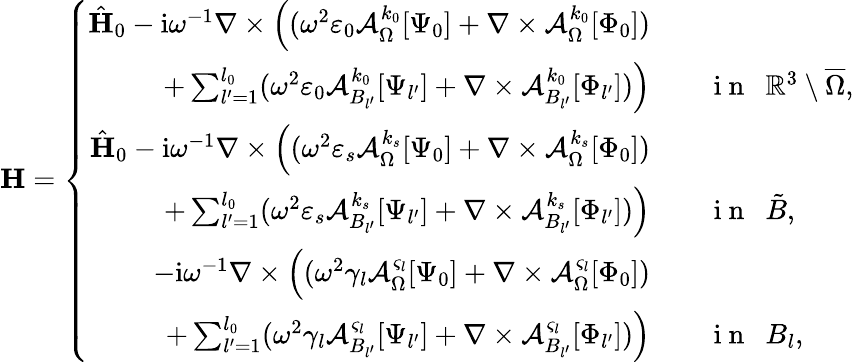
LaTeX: \mathbf{H}=\left\{ \begin{array}{rl}{\hat{\mathbf{H}}_{0}-\mathrm{i}\omega^{-1}\nabla\times\Big((\omega^{2}\varepsilon_{0}\mathcal{A}_{\Omega}^{k_{0}}[\Psi_{0}]+\nabla\times\mathcal{A}_{\Omega}^{k_{0}}[\Phi_{0}])}&{{}}\\ {+\sum_{l^{\prime}=1}^{l_{0}}(\omega^{2}\varepsilon_{0}\mathcal{A}_{B_{l^{\prime}}}^{k_{0}}[\Psi_{l^{\prime}}]+\nabla\times\mathcal{A}_{B_{l^{\prime}}}^{k_{0}}[\Phi_{l^{\prime}}])\Big)}&{{}\quad\mathrm{~i~n~}\ \ \mathbb{R}^{3}\setminus\overline{\Omega},}\\ {\hat{\mathbf{H}}_{0}-\mathrm{i}\omega^{-1}\nabla\times\Big((\omega^{2}\varepsilon_{s}\mathcal{A}_{\Omega}^{k_{s}}[\Psi_{0}]+\nabla\times\mathcal{A}_{\Omega}^{k_{s}}[\Phi_{0}])}&{{}}\\ {+\sum_{l^{\prime}=1}^{l_{0}}(\omega^{2}\varepsilon_{s}\mathcal{A}_{B_{l^{\prime}}}^{k_{s}}[\Psi_{l^{\prime}}]+\nabla\times\mathcal{A}_{B_{l^{\prime}}}^{k_{s}}[\Phi_{l^{\prime}}])\Big)}&{{}\quad\mathrm{~i~n~}\ \ \tilde{B},}\\ {-\mathrm{i}\omega^{-1}\nabla\times\Big((\omega^{2}\gamma_{l}\mathcal{A}_{\Omega}^{\varsigma_{l}}[\Psi_{0}]+\nabla\times\mathcal{A}_{\Omega}^{\varsigma_{l}}[\Phi_{0}])}&{{}}\\ {+\sum_{l^{\prime}=1}^{l_{0}}(\omega^{2}\gamma_{l}\mathcal{A}_{B_{l^{\prime}}}^{\varsigma_{l}}[\Psi_{l^{\prime}}]+\nabla\times\mathcal{A}_{B_{l^{\prime}}}^{\varsigma_{l}}[\Phi_{l^{\prime}}])\Big)}&{{}\quad\mathrm{~i~n~}\ \ B_{l},}\end{array}\right.